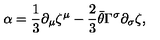
\alpha = { \frac { 1 } { 3 } } \partial _ { \mu } \zeta ^ { \mu } - { \frac { 2 } { 3 } } \bar { \theta } \Gamma ^ { \sigma } \partial _ { \sigma } \zeta ,